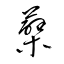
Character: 蘖